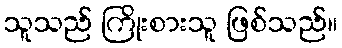
သူသည် ကြိုးစားသူ ဖြစ်သည်။